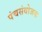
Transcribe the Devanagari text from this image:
पंचसंयोजक